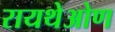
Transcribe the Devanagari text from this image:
रायथेओण